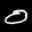
Digit: 8